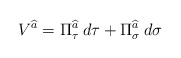
\begin{align*}V^{\widehat{a}}=\Pi ^{\widehat{a}}_{\tau }\: d\tau +\Pi ^{\widehat{a}}_{\sigma }\: d\sigma\end{align*}